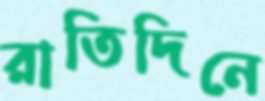
রাতিদিনে